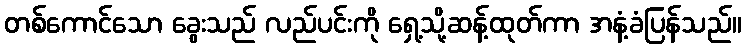
တစ်ကောင်သော ခွေးသည် လည်ပင်းကို ရှေ့သို့ဆန့်ထုတ်ကာ အနံ့ခံပြန်သည်။